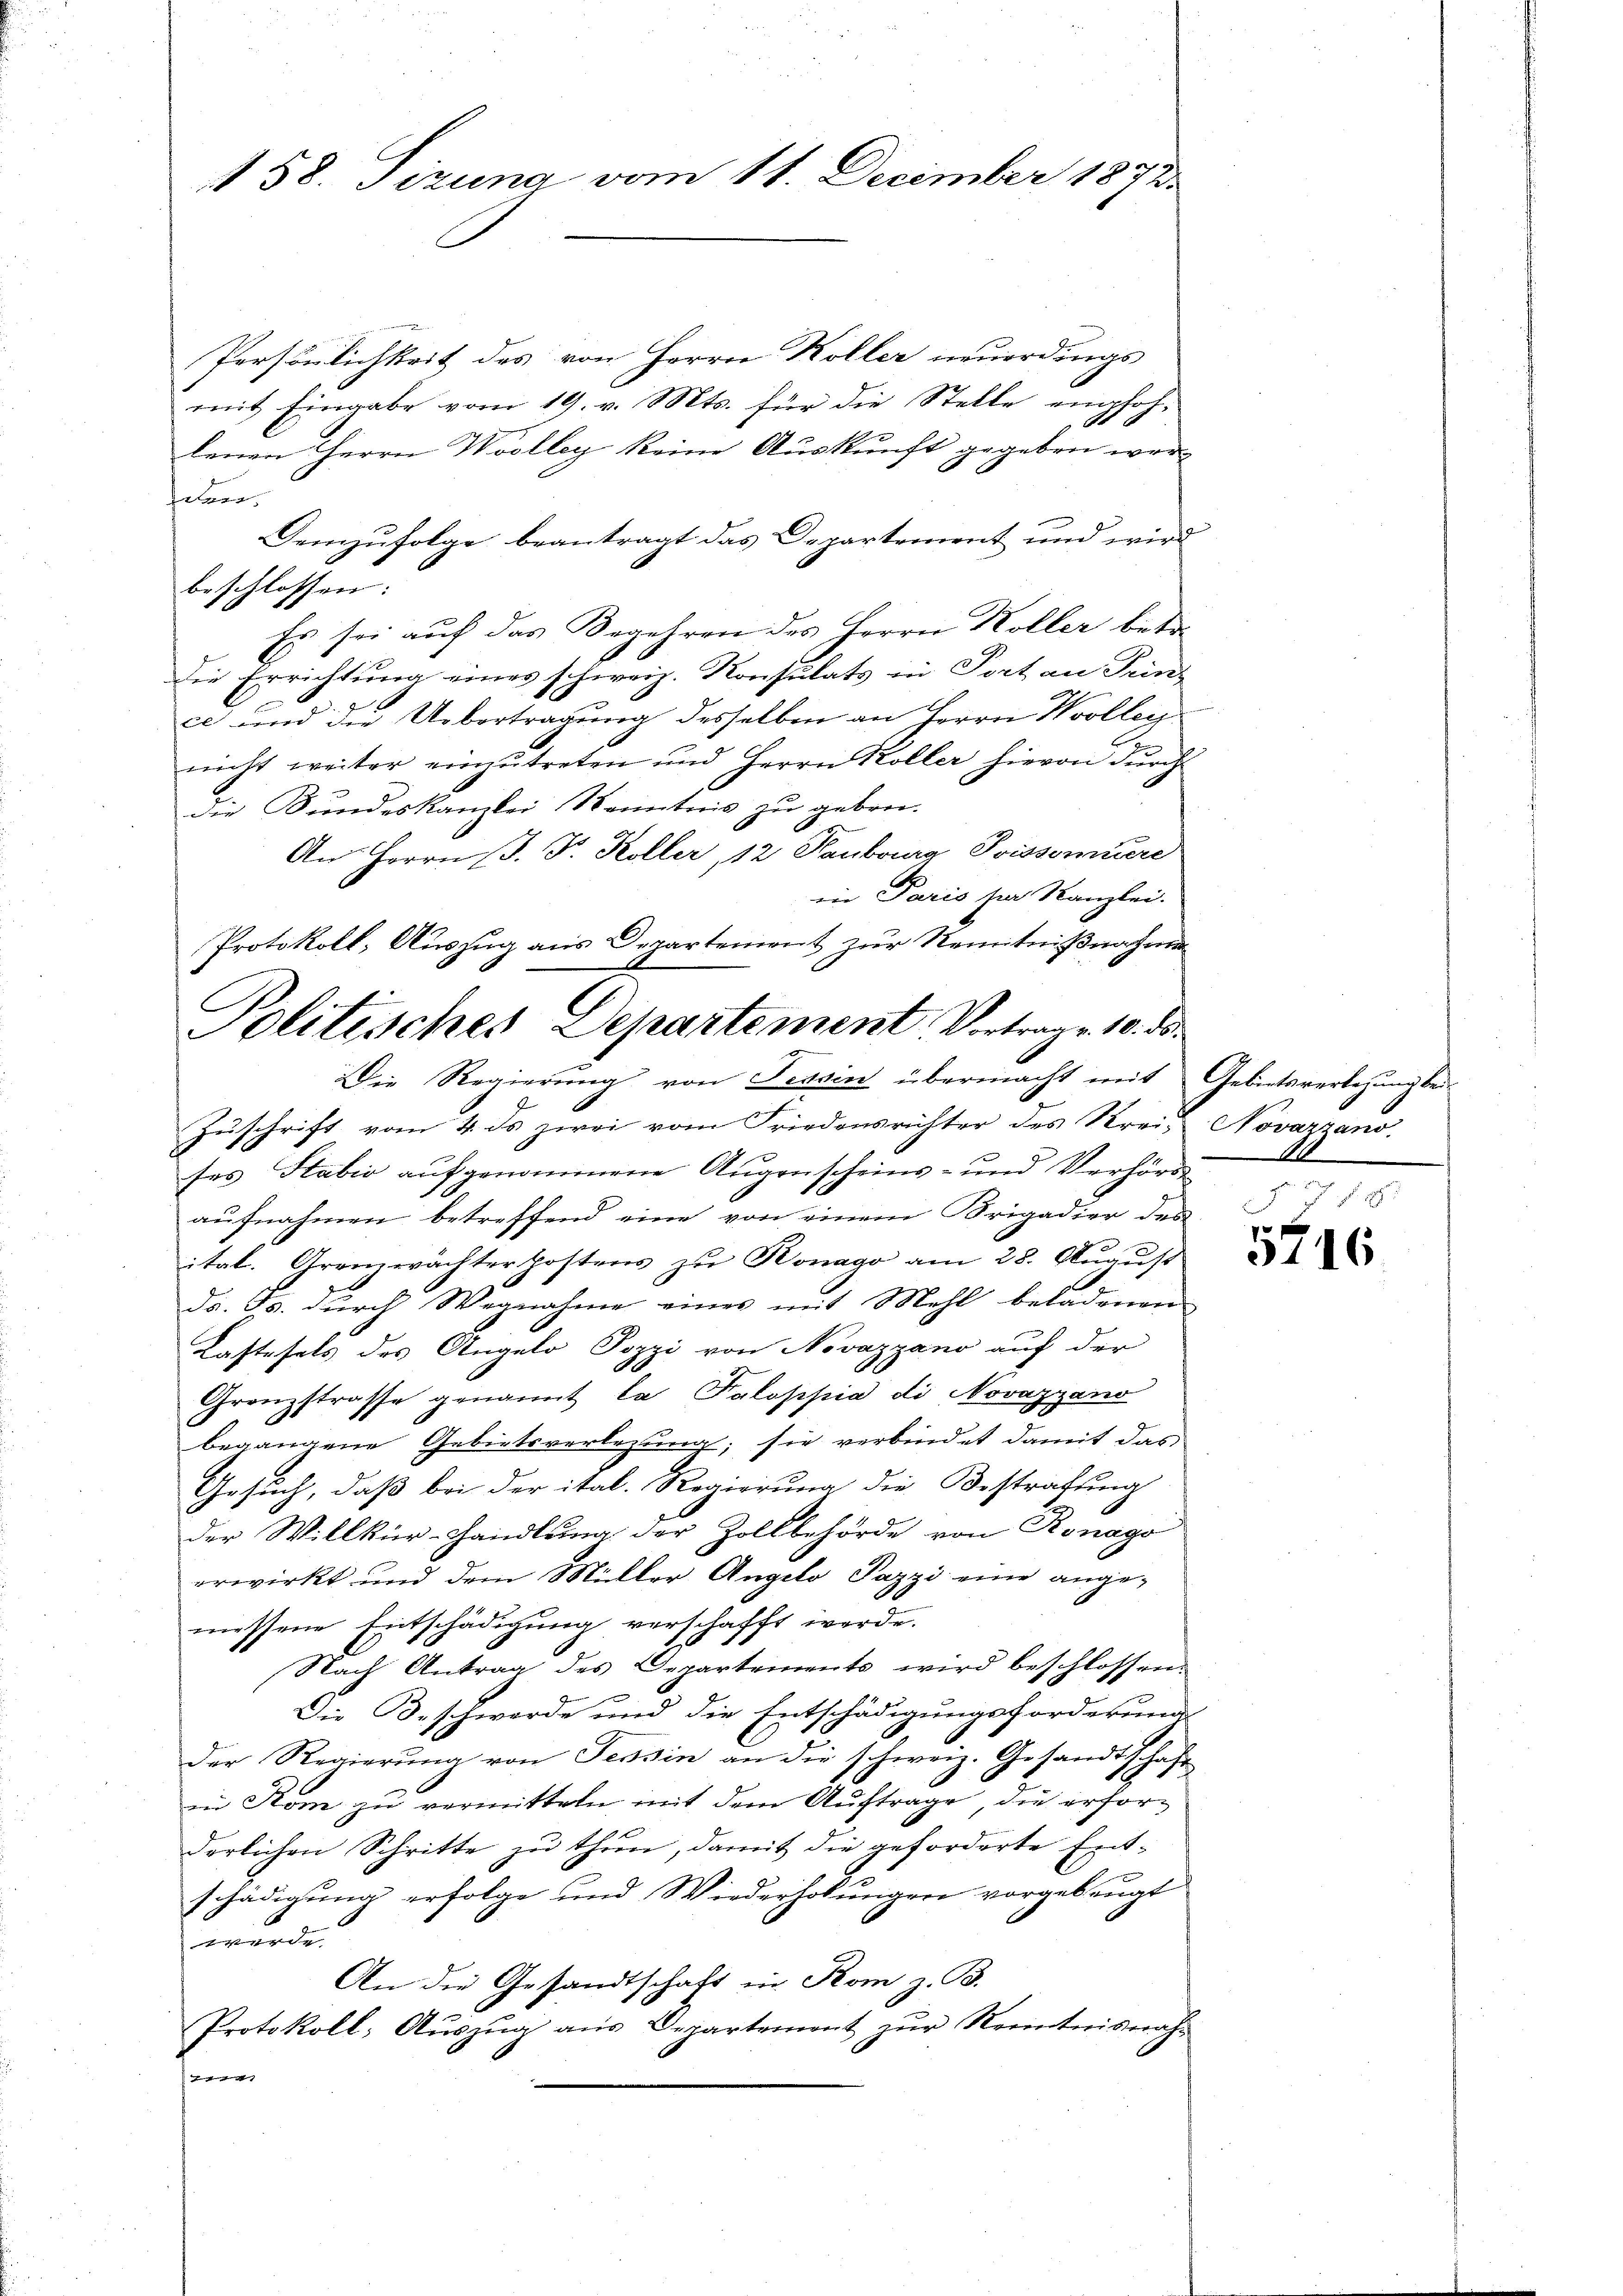
58. Sizung vom 11. December 1873.

Persönlichkeit des von Herrn Koller neuerdings
mit Eingabe vom 19. v. Mts. für die Stelle empfohlenen Herrn Wolleg keine Auskunft gegeben werfelben.
Demzufolge beantragt das Departement und wird
beschlossen:
Es sei auf das Begehren des Herrn Koller betr.
Die Errichtung eines schweiz. Konsulats in Port an Prinz
ce und die Uebertragung desselben an Herrn Wollen
nicht weiter einzutreten und Herrn Koller hievon durch
die Bundeskanzlei Kenntnis zu geben.
An Herrn P. F. Koller, 12 Kaubourg Soissomuere
in Paris ser Kanzlei.
Protokoll, Auszug aus Departement zur Kenntnißnahme
Politisches Departement Vortrage 10. ds.

Die Regierung von Tessin übermacht mit Gebietsverlegung bei¬

Zuschrift vom 4. ds zwei vom Friedensrichter des Krei- Novarzans
ses Stabić aŭfgenommene Aŭgenscheins- und Verhörde
aufnahmen betreffend eine von einem Brigadier des
ital. Grenzwächterpostens zu Konago am 28. August
ds. Js. durch Wegnahme eines mit Mehl beladenen
Kastesels des Angelo Pozzi von Novazzano auf der
Gronzstrasse genannt la Paloppia di Novazzano
begangene Gebietsverlegung; sie verbindet damit das
Gesuch, daß bei der ital. Regierung die Bestrafung
der Willkür-Handlung der Zollbehörde von Ronago
erwirkt und dem Müller Angelo Pazzi eine ange-
messene Entschädigung verschafft werde.
Nach Antrag des Departements wird beschlossen.
Die Beschwerde und die Entschädigungsforderung
der Regierung von Tessin an die schweiz. Gesandtschäft
in Rom zu vermitteln mit dem Auftrage, die erforderlichen Schritte zu thun, damit die geforderte Ent-
schädigung erfolge und Wiederholungen vorgebeugt
e
An die Gesandtschaft in Rom z. B.
Protokoll, Aŭszŭg aŭs Departement zŭr Kenntnisnah-
ff   |

7

3116.